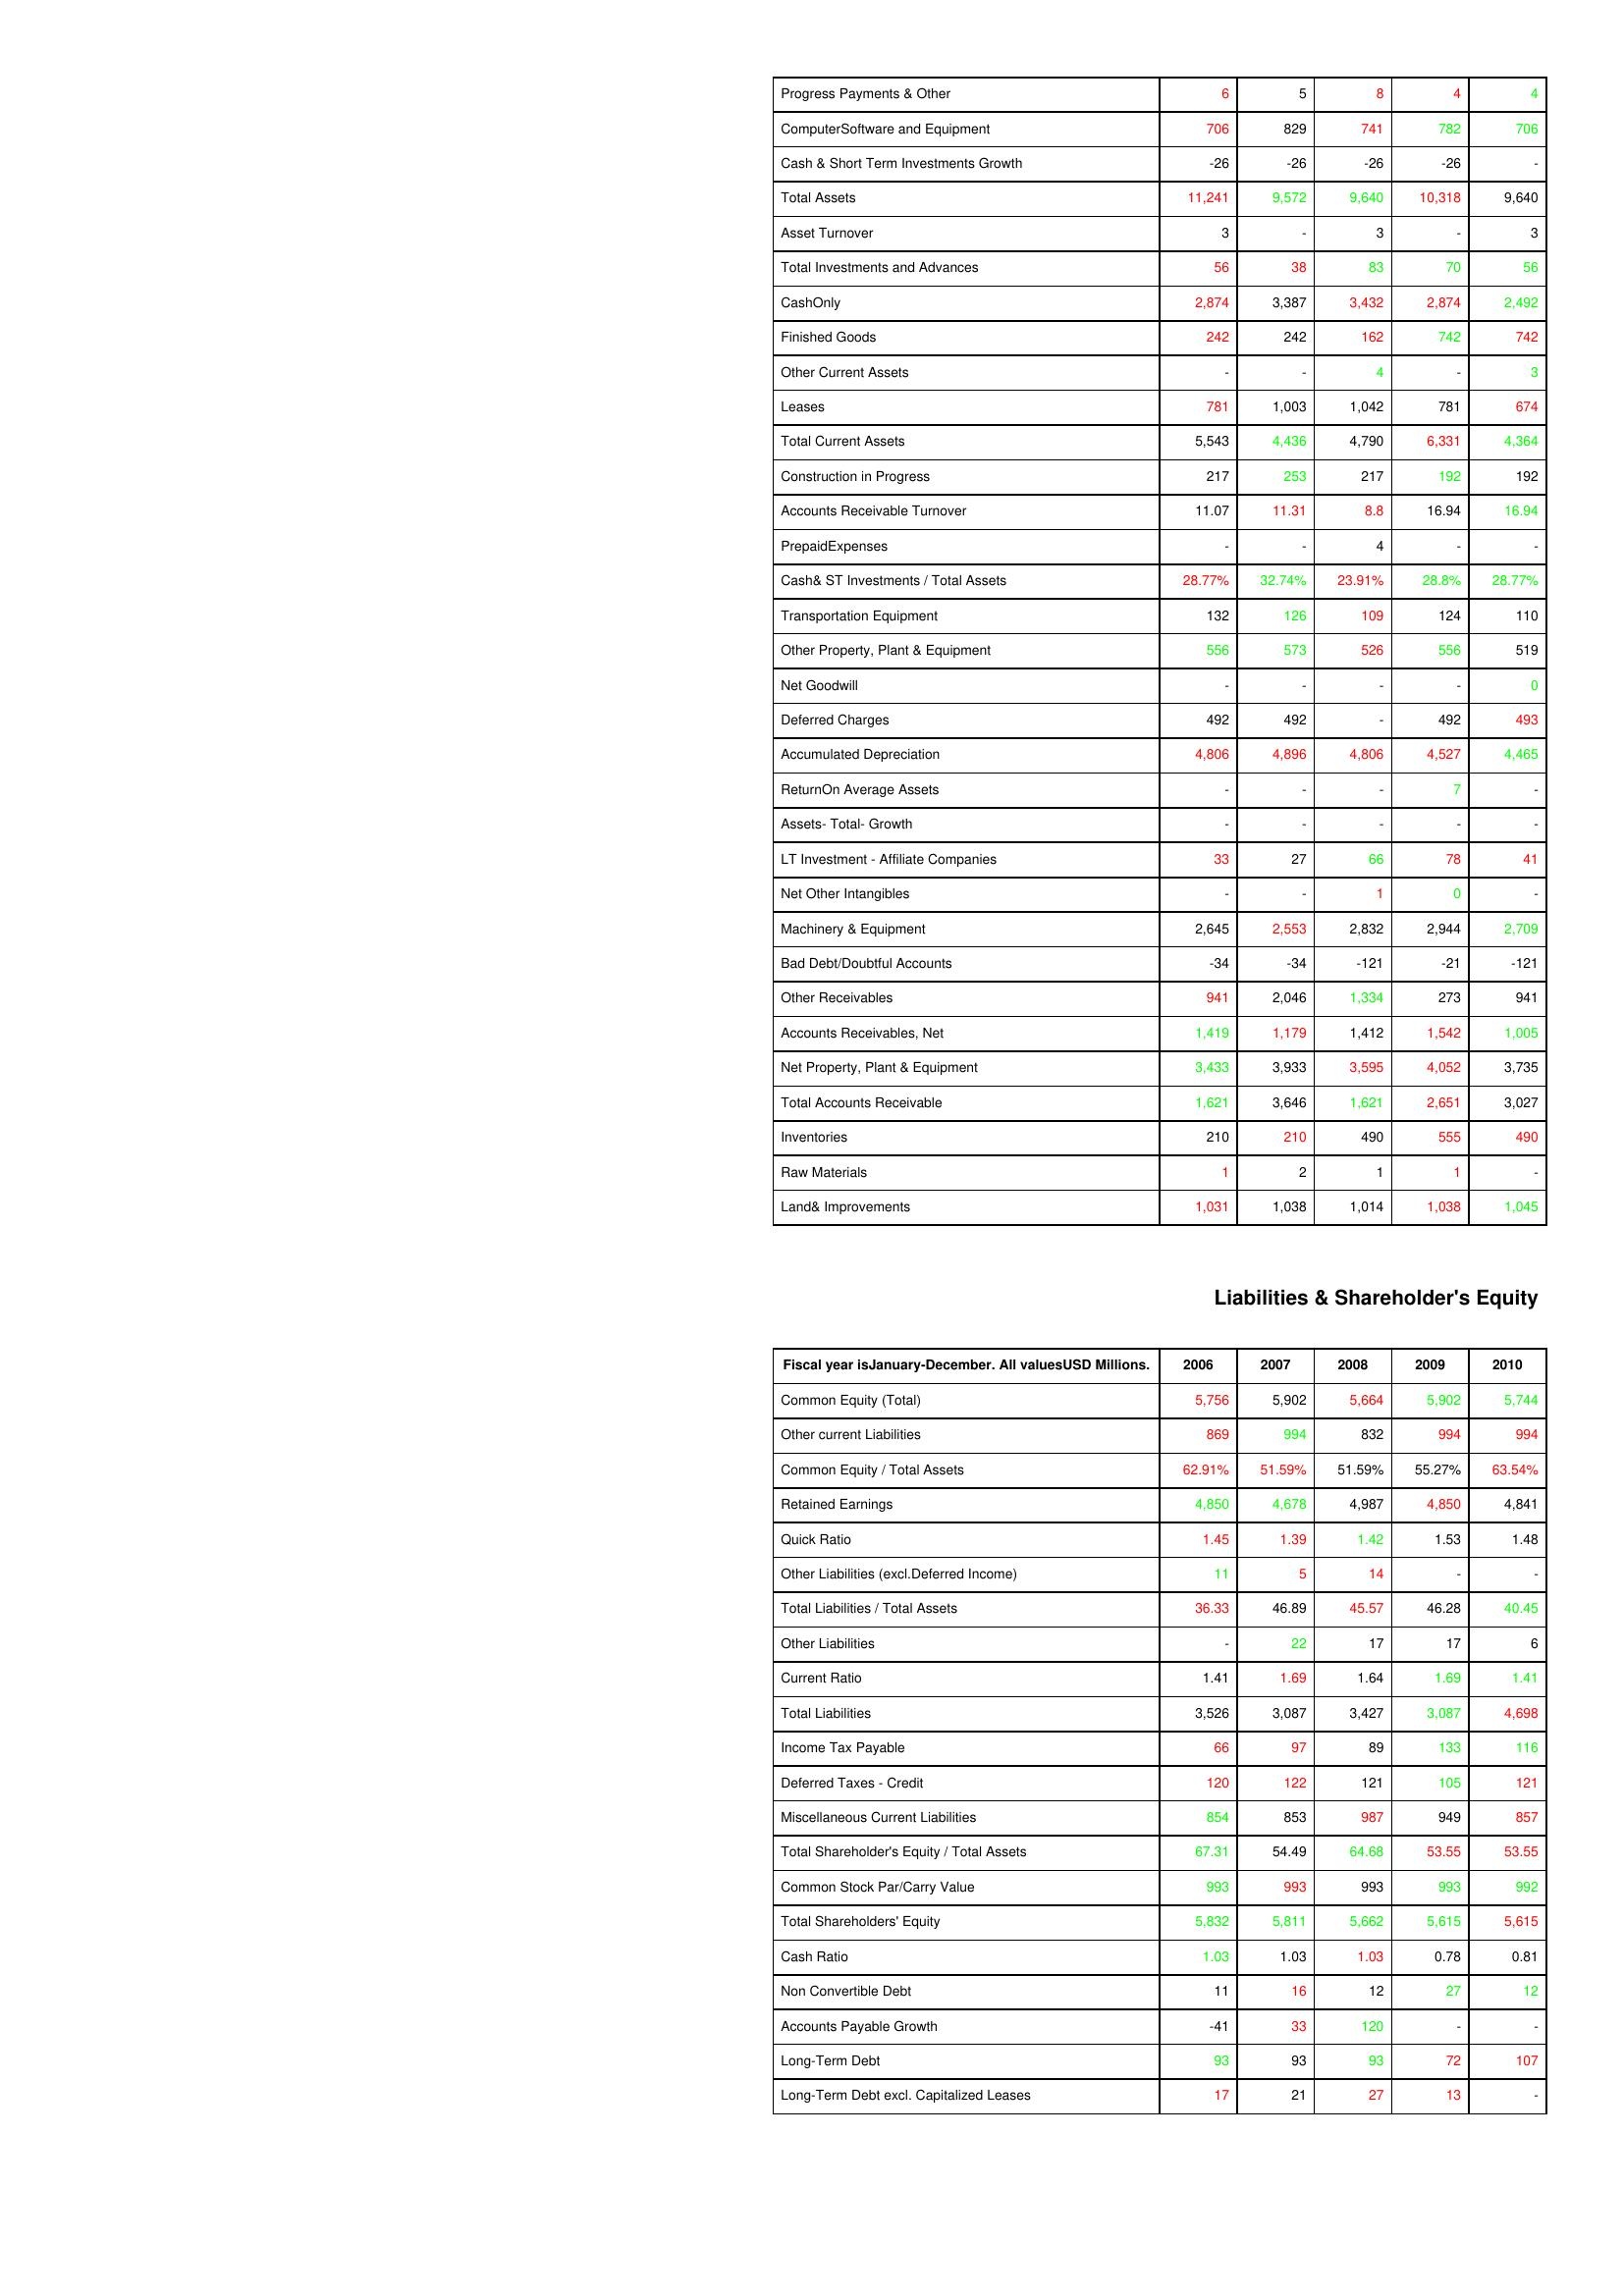
gt_parse: 2006: Assets: Progress Payments & Other: 6
ComputerSoftware and Equipment: 706
Cash & Short Term Investments Growth: -26
Total Assets: 11,241
Asset Turnover: 3
Total Investments and Advances: 56
CashOnly: 2,874
Finished Goods: 242
Other Current Assets: -
Leases: 781
Total Current Assets: 5,543
Construction in Progress: 217
Accounts Receivable Turnover: 11.07
PrepaidExpenses: -
Cash& ST Investments / Total Assets: 28.77%
Transportation Equipment: 132
Other Property, Plant & Equipment: 556
Net Goodwill: -
Deferred Charges: 492
Accumulated Depreciation: 4,806
ReturnOn Average Assets: -
Assets- Total- Growth: -
LT Investment - Affiliate Companies: 33
Net Other Intangibles: -
Machinery & Equipment: 2,645
Bad Debt/Doubtful Accounts: -34
Other Receivables: 941
Accounts Receivables, Net: 1,419
Net Property, Plant & Equipment: 3,433
Total Accounts Receivable: 1,621
Inventories: 210
Raw Materials: 1
Land& Improvements: 1,031
Liabilities & Shareholder's Equity: Common Equity (Total): 5,756
Other current Liabilities: 869
Common Equity / Total Assets: 62.91%
Retained Earnings: 4,850
Quick Ratio: 1.45
Other Liabilities (excl.Deferred Income): 11
Total Liabilities / Total Assets: 36.33
Other Liabilities: -
Current Ratio: 1.41
Total Liabilities: 3,526
Income Tax Payable: 66
Deferred Taxes - Credit: 120
Miscellaneous Current Liabilities: 854
Total Shareholder's Equity / Total Assets: 67.31
Common Stock Par/Carry Value: 993
Total Shareholders' Equity: 5,832
Cash Ratio: 1.03
Non Convertible Debt: 11
Accounts Payable Growth: -41
Long-Term Debt: 93
Long-Term Debt excl. Capitalized Leases: 17
2007: Assets: Progress Payments & Other: 5
ComputerSoftware and Equipment: 829
Cash & Short Term Investments Growth: -26
Total Assets: 9,572
Asset Turnover: -
Total Investments and Advances: 38
CashOnly: 3,387
Finished Goods: 242
Other Current Assets: -
Leases: 1,003
Total Current Assets: 4,436
Construction in Progress: 253
Accounts Receivable Turnover: 11.31
PrepaidExpenses: -
Cash& ST Investments / Total Assets: 32.74%
Transportation Equipment: 126
Other Property, Plant & Equipment: 573
Net Goodwill: -
Deferred Charges: 492
Accumulated Depreciation: 4,896
ReturnOn Average Assets: -
Assets- Total- Growth: -
LT Investment - Affiliate Companies: 27
Net Other Intangibles: -
Machinery & Equipment: 2,553
Bad Debt/Doubtful Accounts: -34
Other Receivables: 2,046
Accounts Receivables, Net: 1,179
Net Property, Plant & Equipment: 3,933
Total Accounts Receivable: 3,646
Inventories: 210
Raw Materials: 2
Land& Improvements: 1,038
Liabilities & Shareholder's Equity: Common Equity (Total): 5,902
Other current Liabilities: 994
Common Equity / Total Assets: 51.59%
Retained Earnings: 4,678
Quick Ratio: 1.39
Other Liabilities (excl.Deferred Income): 5
Total Liabilities / Total Assets: 46.89
Other Liabilities: 22
Current Ratio: 1.69
Total Liabilities: 3,087
Income Tax Payable: 97
Deferred Taxes - Credit: 122
Miscellaneous Current Liabilities: 853
Total Shareholder's Equity / Total Assets: 54.49
Common Stock Par/Carry Value: 993
Total Shareholders' Equity: 5,811
Cash Ratio: 1.03
Non Convertible Debt: 16
Accounts Payable Growth: 33
Long-Term Debt: 93
Long-Term Debt excl. Capitalized Leases: 21
2008: Assets: Progress Payments & Other: 8
ComputerSoftware and Equipment: 741
Cash & Short Term Investments Growth: -26
Total Assets: 9,640
Asset Turnover: 3
Total Investments and Advances: 83
CashOnly: 3,432
Finished Goods: 162
Other Current Assets: 4
Leases: 1,042
Total Current Assets: 4,790
Construction in Progress: 217
Accounts Receivable Turnover: 8.8
PrepaidExpenses: 4
Cash& ST Investments / Total Assets: 23.91%
Transportation Equipment: 109
Other Property, Plant & Equipment: 526
Net Goodwill: -
Deferred Charges: -
Accumulated Depreciation: 4,806
ReturnOn Average Assets: -
Assets- Total- Growth: -
LT Investment - Affiliate Companies: 66
Net Other Intangibles: 1
Machinery & Equipment: 2,832
Bad Debt/Doubtful Accounts: -121
Other Receivables: 1,334
Accounts Receivables, Net: 1,412
Net Property, Plant & Equipment: 3,595
Total Accounts Receivable: 1,621
Inventories: 490
Raw Materials: 1
Land& Improvements: 1,014
Liabilities & Shareholder's Equity: Common Equity (Total): 5,664
Other current Liabilities: 832
Common Equity / Total Assets: 51.59%
Retained Earnings: 4,987
Quick Ratio: 1.42
Other Liabilities (excl.Deferred Income): 14
Total Liabilities / Total Assets: 45.57
Other Liabilities: 17
Current Ratio: 1.64
Total Liabilities: 3,427
Income Tax Payable: 89
Deferred Taxes - Credit: 121
Miscellaneous Current Liabilities: 987
Total Shareholder's Equity / Total Assets: 64.68
Common Stock Par/Carry Value: 993
Total Shareholders' Equity: 5,662
Cash Ratio: 1.03
Non Convertible Debt: 12
Accounts Payable Growth: 120
Long-Term Debt: 93
Long-Term Debt excl. Capitalized Leases: 27
2009: Assets: Progress Payments & Other: 4
ComputerSoftware and Equipment: 782
Cash & Short Term Investments Growth: -26
Total Assets: 10,318
Asset Turnover: -
Total Investments and Advances: 70
CashOnly: 2,874
Finished Goods: 742
Other Current Assets: -
Leases: 781
Total Current Assets: 6,331
Construction in Progress: 192
Accounts Receivable Turnover: 16.94
PrepaidExpenses: -
Cash& ST Investments / Total Assets: 28.8%
Transportation Equipment: 124
Other Property, Plant & Equipment: 556
Net Goodwill: -
Deferred Charges: 492
Accumulated Depreciation: 4,527
ReturnOn Average Assets: 7
Assets- Total- Growth: -
LT Investment - Affiliate Companies: 78
Net Other Intangibles: 0
Machinery & Equipment: 2,944
Bad Debt/Doubtful Accounts: -21
Other Receivables: 273
Accounts Receivables, Net: 1,542
Net Property, Plant & Equipment: 4,052
Total Accounts Receivable: 2,651
Inventories: 555
Raw Materials: 1
Land& Improvements: 1,038
Liabilities & Shareholder's Equity: Common Equity (Total): 5,902
Other current Liabilities: 994
Common Equity / Total Assets: 55.27%
Retained Earnings: 4,850
Quick Ratio: 1.53
Other Liabilities (excl.Deferred Income): -
Total Liabilities / Total Assets: 46.28
Other Liabilities: 17
Current Ratio: 1.69
Total Liabilities: 3,087
Income Tax Payable: 133
Deferred Taxes - Credit: 105
Miscellaneous Current Liabilities: 949
Total Shareholder's Equity / Total Assets: 53.55
Common Stock Par/Carry Value: 993
Total Shareholders' Equity: 5,615
Cash Ratio: 0.78
Non Convertible Debt: 27
Accounts Payable Growth: -
Long-Term Debt: 72
Long-Term Debt excl. Capitalized Leases: 13
2010: Assets: Progress Payments & Other: 4
ComputerSoftware and Equipment: 706
Cash & Short Term Investments Growth: -
Total Assets: 9,640
Asset Turnover: 3
Total Investments and Advances: 56
CashOnly: 2,492
Finished Goods: 742
Other Current Assets: 3
Leases: 674
Total Current Assets: 4,364
Construction in Progress: 192
Accounts Receivable Turnover: 16.94
PrepaidExpenses: -
Cash& ST Investments / Total Assets: 28.77%
Transportation Equipment: 110
Other Property, Plant & Equipment: 519
Net Goodwill: 0
Deferred Charges: 493
Accumulated Depreciation: 4,465
ReturnOn Average Assets: -
Assets- Total- Growth: -
LT Investment - Affiliate Companies: 41
Net Other Intangibles: -
Machinery & Equipment: 2,709
Bad Debt/Doubtful Accounts: -121
Other Receivables: 941
Accounts Receivables, Net: 1,005
Net Property, Plant & Equipment: 3,735
Total Accounts Receivable: 3,027
Inventories: 490
Raw Materials: -
Land& Improvements: 1,045
Liabilities & Shareholder's Equity: Common Equity (Total): 5,744
Other current Liabilities: 994
Common Equity / Total Assets: 63.54%
Retained Earnings: 4,841
Quick Ratio: 1.48
Other Liabilities (excl.Deferred Income): -
Total Liabilities / Total Assets: 40.45
Other Liabilities: 6
Current Ratio: 1.41
Total Liabilities: 4,698
Income Tax Payable: 116
Deferred Taxes - Credit: 121
Miscellaneous Current Liabilities: 857
Total Shareholder's Equity / Total Assets: 53.55
Common Stock Par/Carry Value: 992
Total Shareholders' Equity: 5,615
Cash Ratio: 0.81
Non Convertible Debt: 12
Accounts Payable Growth: -
Long-Term Debt: 107
Long-Term Debt excl. Capitalized Leases: -